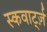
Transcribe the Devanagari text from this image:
स्कवार्ट्ज़